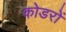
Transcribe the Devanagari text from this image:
कोडरों